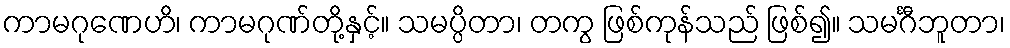
ကာမဂုဏေဟိ၊ ကာမဂုဏ်တို့နှင့်။ သမပ္ပိတာ၊ တကွ ဖြစ်ကုန်သည် ဖြစ်၍။ သမင်္ဂီဘူတာ၊